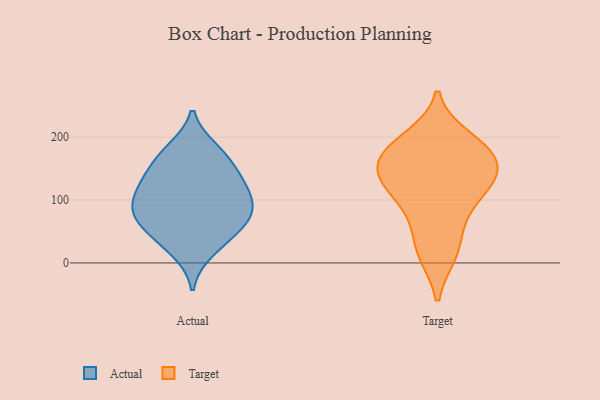
{"axis": {"x": "Active Users", "y": "Value"}, "legend": ["Actual", "Target"], "data": [{"x": "", "y": 35, "type": "Actual"}, {"x": "", "y": 84, "type": "Actual"}, {"x": "", "y": 81, "type": "Actual"}, {"x": "", "y": 102, "type": "Actual"}, {"x": "", "y": 72, "type": "Actual"}, {"x": "", "y": 62, "type": "Actual"}, {"x": "", "y": 130, "type": "Actual"}, {"x": "", "y": 142, "type": "Actual"}, {"x": "", "y": 18, "type": "Actual"}, {"x": "", "y": 117, "type": "Actual"}, {"x": "", "y": 177, "type": "Actual"}, {"x": "", "y": 57, "type": "Actual"}, {"x": "", "y": 155, "type": "Actual"}, {"x": "", "y": 107, "type": "Actual"}, {"x": "", "y": 181, "type": "Actual"}, {"x": "", "y": 15, "type": "Target"}, {"x": "", "y": 142, "type": "Target"}, {"x": "", "y": 190, "type": "Target"}, {"x": "", "y": 128, "type": "Target"}, {"x": "", "y": 171, "type": "Target"}, {"x": "", "y": 147, "type": "Target"}, {"x": "", "y": 178, "type": "Target"}, {"x": "", "y": 176, "type": "Target"}, {"x": "", "y": 14, "type": "Target"}, {"x": "", "y": 127, "type": "Target"}, {"x": "", "y": 82, "type": "Target"}, {"x": "", "y": 103, "type": "Target"}, {"x": "", "y": 199, "type": "Target"}, {"x": "", "y": 135, "type": "Target"}, {"x": "", "y": 54, "type": "Target"}]}